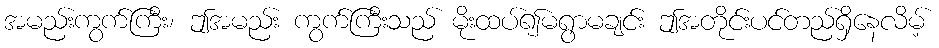
အမည်းကွက်ကြီး၊ ဤအမည်း ကွက်ကြီးသည် မိုးထပ်၍မရွာမချင်း ဤအတိုင်းပင်တည်ရှိနေလိမ့်